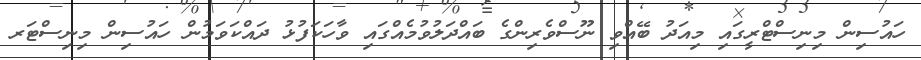
ހައުސިން މިނިސްޓްރީގައި މިއަދު ބޭއްވި ނޫސްވެރިންގެ ބައްދަލުވުމެއްގައި ވާހަކަފުޅު ދައްކަވަމުން ހައުސިން މިނިސްޓަރ